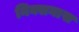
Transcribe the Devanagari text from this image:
निक्सनास